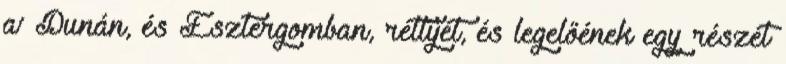
a’ Dunán, és Esztergomban, réttyét, és legelőének egy részét